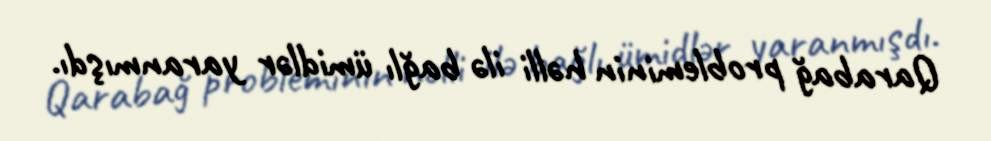
Qarabağ probleminin həlli ilə bağlı ümidlər yaranmışdı.